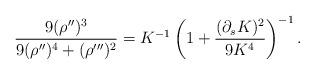
LaTeX: \begin{align*} \frac{9(\rho'')^3}{9(\rho'')^4 + (\rho''')^2} = K^{-1} \left( 1+ \frac{(\partial_s K)^2}{9 K^4} \right)^{-1}.\end{align*}